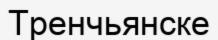
Тренчьянске